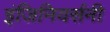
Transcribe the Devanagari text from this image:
इंजिनियर्सनी